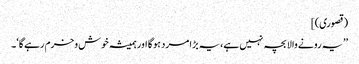
(قصوری)]
’’یہ رونے والا بچہ نہیں ہے، یہ بڑا مرد ہوگا اور ہمیشہ خوش وخرم رہےگا‘۔